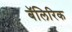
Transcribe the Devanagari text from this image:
बॅलिरिक